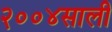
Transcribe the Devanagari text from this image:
२००४साली